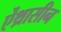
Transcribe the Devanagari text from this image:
ऐंथ्रासीन